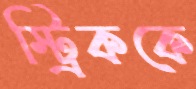
স্ট্রিককে